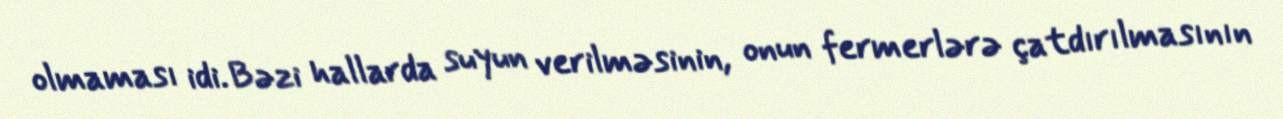
olmaması idi. Bəzi hallarda suyun verilməsinin, onun fermerlərə çatdırılmasının